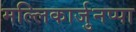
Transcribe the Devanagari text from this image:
मल्लिकार्जुनप्पा